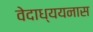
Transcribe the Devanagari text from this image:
वेदाध्ययनास